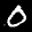
Label: 0